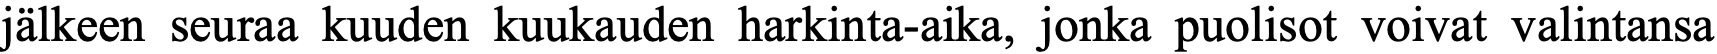
jälkeen seuraa kuuden kuukauden harkinta-aika, jonka puolisot voivat valintansa